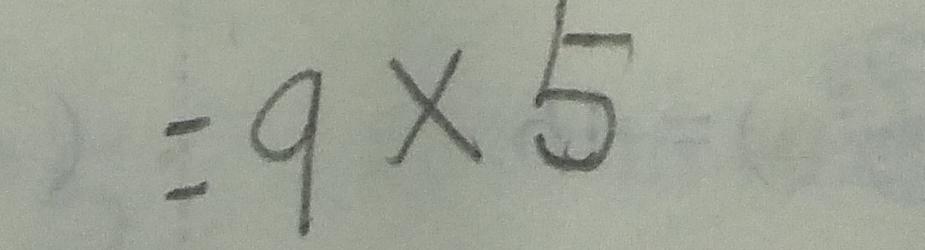
= 9 \times 5